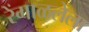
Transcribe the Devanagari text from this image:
रेंगाळलेला